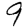
Digit: 9